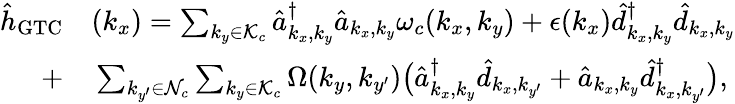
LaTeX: \begin{array}{rl}{{\hat{h}}_{\mathrm{GTC}}}&{{}(k_{x})=\sum_{{k_{y}\in\mathcal{K}_{c}}}\hat{a}_{{k_{x},k_{y}}}^{\dagger}\hat{a}_{{k_{x},k_{y}}}\omega_{c}({k_{x},k_{y}})+\epsilon(k_{x})\hat{d}_{k_{x},k_{y}}^{\dagger}\hat{d}_{k_{x},k_{y}}}\\ {+}&{{}\sum_{k_{y^{\prime}}\in{\mathcal{N}_{c}}}\sum_{k_{y}\in{\mathcal{K}_{c}}}\Omega({k_{y},k_{y^{\prime}}})\big(\hat{a}_{k_{x},k_{y}}^{\dagger}\hat{d}_{k_{x},k_{y^{\prime}}}+\hat{a}_{{k_{x},k_{y}}}\hat{d}_{k_{x},k_{y^{\prime}}}^{\dagger}\big),}\end{array}